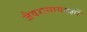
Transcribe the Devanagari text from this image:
जैवरासायनज्ञों